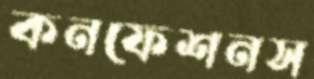
কনফেশনস